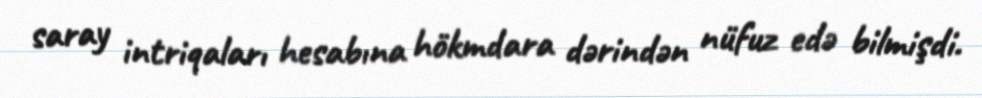
saray intriqaları hesabına hökmdara dərindən nüfuz edə bilmişdi.